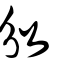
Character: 攽